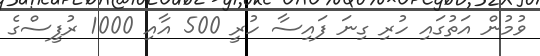
ވުމުން އަތުގައި ހުރި ގިނަ ފައިސާ ހުރީ 500 އާއި 1000 ރުފީސްގެ